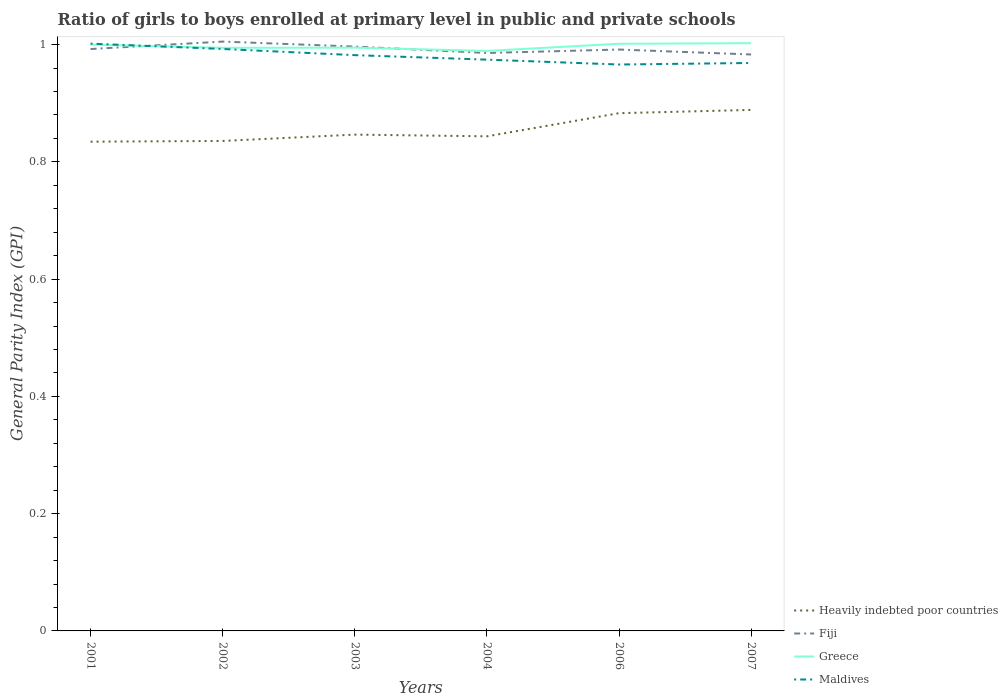
| Years | Heavily indebted poor countries | Fiji | Greece | Maldives |
 | --- | --- | --- | --- | --- |
 | 2001 | 0.834 | 0.992 | 1 | 1 |
 | 2002 | 0.836 | 1.01 | 0.994 | 0.993 |
 | 2003 | 0.846 | 0.997 | 0.995 | 0.982 |
 | 2004 | 0.844 | 0.986 | 0.989 | 0.974 |
 | 2006 | 0.883 | 0.992 | 1 | 0.966 |
 | 2007 | 0.889 | 0.983 | 1 | 0.969 |